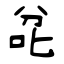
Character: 兺